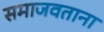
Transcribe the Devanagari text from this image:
समाजवताना